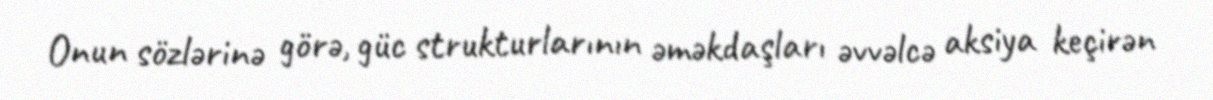
Onun sözlərinə görə, güc strukturlarının əməkdaşları əvvəlcə aksiya keçirən